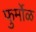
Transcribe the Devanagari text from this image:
फुर्मोळ